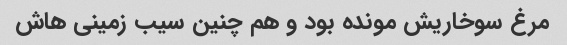
مرغ سوخاریش مونده بود و هم چنین سیب زمینی هاش